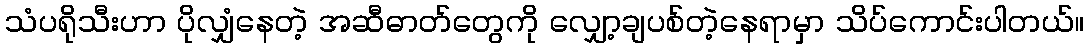
သံပရိုသီးဟာ ပိုလျှံနေတဲ့ အဆီဓာတ်တွေကို လျှော့ချပစ်တဲ့နေရာမှာ သိပ်ကောင်းပါတယ်။